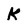
Character: K